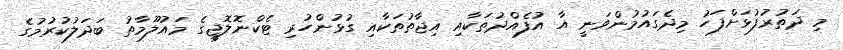
މި ދަތުރުފުޅަށްފަހު މިދެގައުމުންވަނީ އާ އުފެއްދުތަކާއި އިޖާތުތަކާއި ގުޅުންހުރި ޓެކްނޮލޮޖީގެ މައުލޫމާތު ބަދަލުކުރުމުގެ